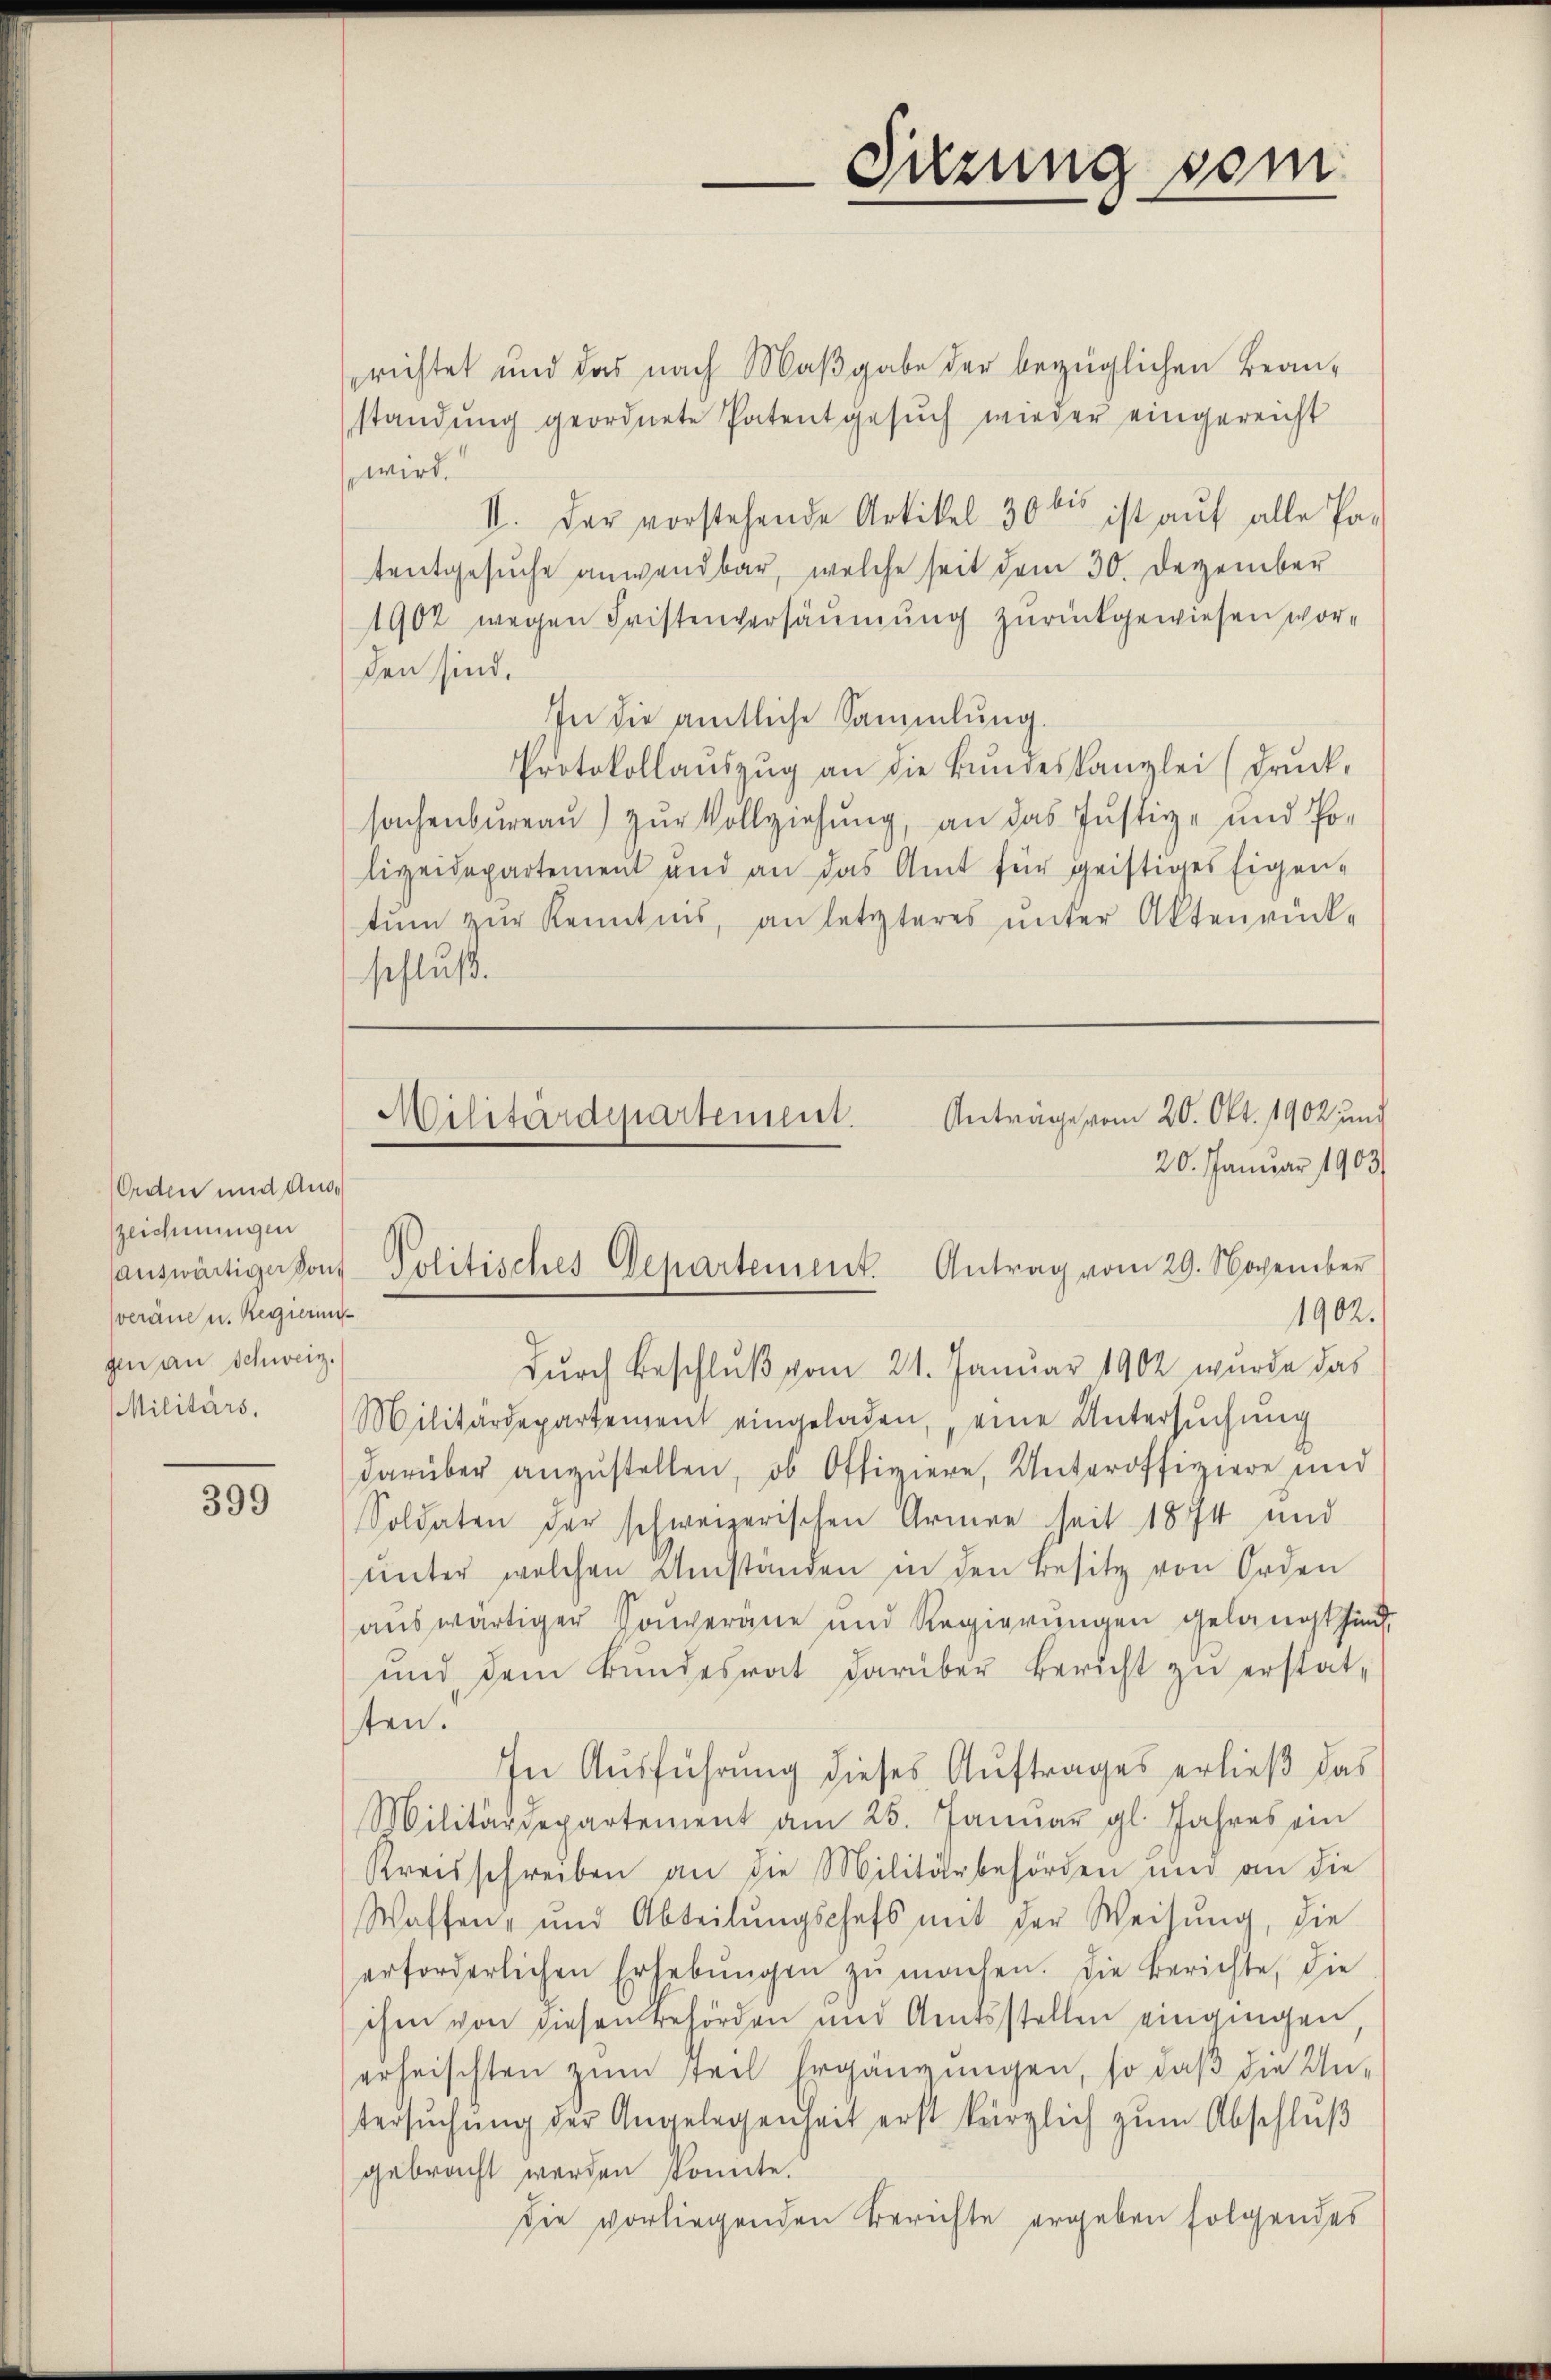
Orden und Auszeichnungen
auswärtiger vonveräne u. Regiering
gen an Schweiz.

399

richtet und das nach Maβgabe der bezüglichen Beanstandung geordnete Patentgesuch wieder eingereicht
wird.
II. Der vorstehende Artikel 30 bis ist auf alle Pa-
tentgesuche anwendbar, welche seit dem 30. Dezember
1902 wegen Fristenversäumung zurückgewiesen worden sind.
In die amtliche Sammlung.
Protokollaŭszŭg an die Bŭndeskanzlei (drŭck.
sachenbureau) zur Vollziehung, an das Justiz- und Polizeidepartement und an das Amt für geistiges Eigen-
tŭm zŭr Kenntnis, an letzteres unter Aktenrück-
schluß.

1902.
durch Beschluß vom 21. Januar 1902 wurde das
Militärs. Militärdepartement eingeladen, eine Untersŭchŭng
darüber anzustellen, ob Offiziere, Unteroffiziere und
Soldaten der schweizerischen Armen seit 1874 und
ŭnter welchen Umständen in den Besitz von Orden
auswärtiger Souveräne und Regierungen gelangt sind.
und dem Bundesrat darüber Bericht zu erstatten.
In Ausführung dieses Auftrages erließ das
Militärdepartement am 25. Janŭar gl. Jahres ein
Kreisschreiben an die Militärbehörden und an die
Waffen- und Abteilŭngschefs mit der Weisŭng, die
erforderlichen Erhebŭngen zŭ machen. Die Berichte, die
ihm von diesen Behörden und Amtsstellen eingingen,
erheischten zum teil Ergänzungen, so daß die Untersŭchŭng der Angelegenheit erst kürzlich zum Abschluß
gebracht werden konnte.
die vorliegenden Berichte ergeben folgendes

Sitzung sein.

Anträge vom 20. Okt. 1902 und
Militärdepartement
20. Januar 1903
Politisches Departement. Antrag vom 29. November